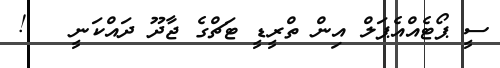
ސީ ޕޯޓެއްއެޕަލް އިން ތްރީޑީ ޓަޗްގެ ޖާދޫ ދައްކަނީ   !